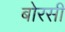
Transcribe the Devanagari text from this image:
बोरसी